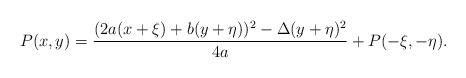
LaTeX: \begin{align*}P(x, y) = \frac{(2a(x + \xi) + b(y + \eta))^2 - \Delta(y + \eta)^2}{4a} + P(-\xi, - \eta).\end{align*}